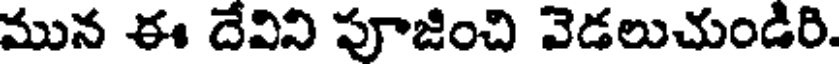
మున ఈ దేవిని పూజించి వెడలుచుండిరి.